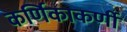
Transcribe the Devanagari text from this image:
कर्णिकाकर्णी